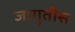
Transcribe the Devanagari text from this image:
जागृतीस